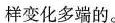
样变化多端的。